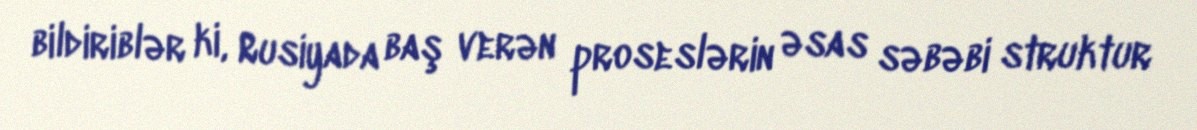
bildiriblər ki, Rusiyada baş verən proseslərin əsas səbəbi struktur